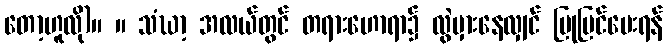
တော့ဟူလို)။ ။ သံဃာ့ အလယ်တွင် တရားဟောရာ၌ လွဲမှားနေလျှင် ပြုပြင်ပေးရန်